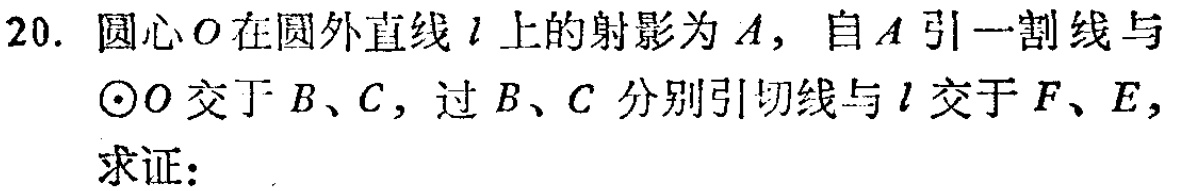
20. 圆心\(O\)在圆外直线\(l\)上的射影为\(A\)，自\(A\)引一割线与\(\odot O\)交于\(B\)、\(C\)，过\(B\)、\(C\)分别引切线与\(l\)交于\(F\)、\(E\)，
求证：